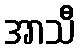
အာသီ